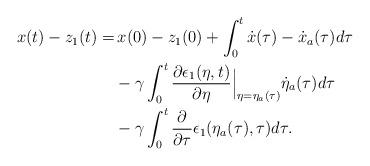
LaTeX: \begin{align*}\begin{aligned}x(t)-z_1(t) =& \,x(0)-z_1(0) + \int_0^t\dot{x}(\tau)-\dot{x}_a(\tau) d\tau\\&- \gamma \int_0^t \dfrac{\partial \epsilon_1(\eta,t)}{\partial \eta}\Big|_{\eta = \eta_a(\tau)}\dot{\eta}_a(\tau) d\tau\\&- \gamma \int_0^t \dfrac{\partial }{\partial \tau} \epsilon_1(\eta_a(\tau),\tau) d\tau.\end{aligned}\end{align*}